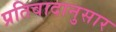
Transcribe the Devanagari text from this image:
प्रतिवादानुसार